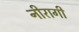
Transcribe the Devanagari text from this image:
नीरागी